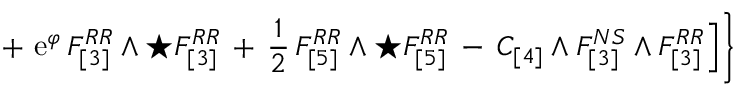
+ \, \, \mathrm { e } ^ { \varphi } \, { F } _ { [ 3 ] } ^ { R R } \wedge \star { F } _ { [ 3 ] } ^ { R R } \, + \, \frac { 1 } { 2 } \, { F } _ { [ 5 ] } ^ { R R } \wedge \star { F } _ { [ 5 ] } ^ { R R } \, - \, C _ { [ 4 ] } \wedge F _ { [ 3 ] } ^ { N S } \wedge F _ { [ 3 ] } ^ { R R } \Big ] \Bigg \}